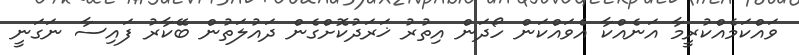
ވައްކަމެއްކުރީމާ އަނެއްކާ އެވައްކަން ހޯދަން އިތުރު ޚަރަދުކޮށްގެން ދައުލަތުން ބޭކާރު ފައިސާ ނަގަނީ